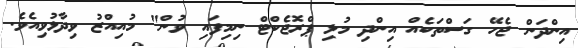
އިންދަން ޖެހޭ ގަސްތަކެއް އިންދި މުޅި ޕްރޮޖެކްޓް ނިމިފައި ވުން" މުއިއްޒު ވިދާޅުވިއެވެ.